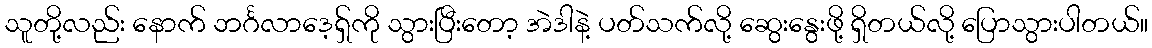
သူတို့လည်း နောက် ဘင်္ဂလာဒေ့ရှ်ကို သွားပြီးတော့ အဲဒါနဲ့ ပတ်သက်လို့ ဆွေးနွေးဖို့ ရှိတယ်လို့ ပြောသွားပါတယ်။